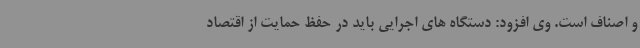
و اصناف است. وی افزود: دستگاه های اجرایی باید در حفظ حمایت از اقتصاد